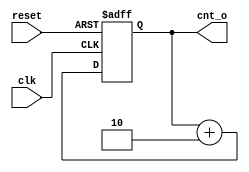
module odd_counter (
  input     wire        clk,
  input     wire        reset,
  output    reg[7:0] cnt_o
);
always @(posedge clk or posedge reset)
begin
if(reset)
cnt_o<=1;
else
    cnt_o=cnt_o+2;
    end
//Write your code here
//Do not delete dafault code
endmodule